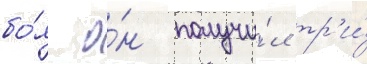
бо́я о́н получи́л тр'и́